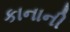
કાનાની